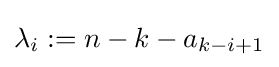
\lambda _{i}:=n-k-a_{k-i+1}